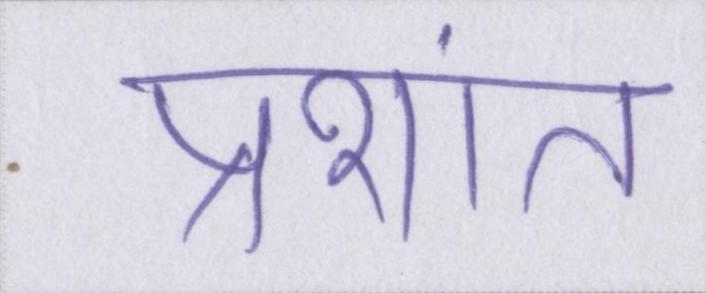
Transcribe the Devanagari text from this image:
प्रशांत